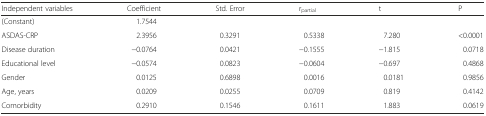
| Independent variables | Coefficient | Std. Error | rpartial | t | P |
 | --- | --- | --- | --- | --- | --- |
 | (Constant) | 1.7544 |  |  |  |  |
 | ASDAS-CRP | 2.3956 | 0.3291 | 0.5338 | 7.280 | <0.0001 |
 | Disease duration | −0.0764 | 0.0421 | −0.1555 | −1.815 | 0.0718 |
 | Educational level | −0.0574 | 0.0823 | −0.0604 | −0.697 | 0.4868 |
 | Gender | 0.0125 | 0.6898 | 0.0016 | 0.0181 | 0.9856 |
 | Age, years | 0.0209 | 0.0255 | 0.0709 | 0.819 | 0.4142 |
 | Comorbidity | 0.2910 | 0.1546 | 0.1611 | 1.883 | 0.0619 |